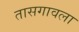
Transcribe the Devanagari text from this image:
तासगावला